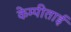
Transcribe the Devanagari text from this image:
केम्पीताई